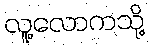
လူ့လောကသို့